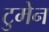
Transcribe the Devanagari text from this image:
टुमेन